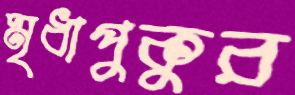
মৃধাপুকুর